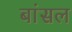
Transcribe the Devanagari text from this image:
बांसल